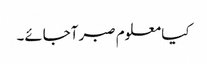
کیا معلوم صبر آجائے۔